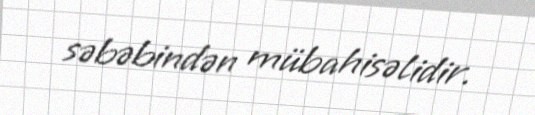
səbəbindən mübahisəlidir.